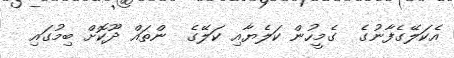
އެކަލޭގެފާނުގެ  ގެމީހުން ކަލެޔާއި ކަލޭގެ  ންތައް ދޫކޮށް ބިމުގައި